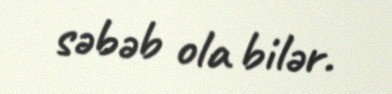
səbəb ola bilər.